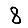
Digit: 8